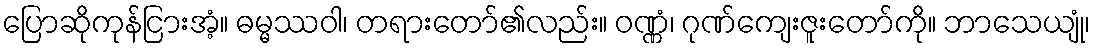
ပြောဆိုကုန်ငြားအံ့။ ဓမ္မဿဝါ၊ တရားတော်၏လည်း။ ဝဏ္ဏံ၊ ဂုဏ်ကျေးဇူးတော်ကို။ ဘာသေယျုံ၊